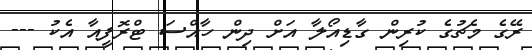
ރޭގެ މެޗުގެ ކުރިން ގާޑިއޯލާ އަށް ދިން ހާއްސަ ޓްރޮފީއާ އެކު ---